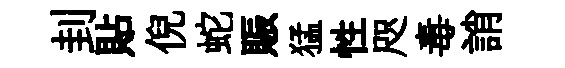
刲貼倪蛇賑猛性咫毒誚